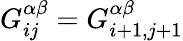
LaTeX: G_{ij}^{\alpha\beta}=G_{i+1,j+1}^{\alpha\beta}